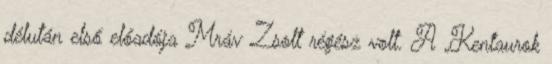
délután első előadója Mráv Zsolt régész volt. A „Kentaurok